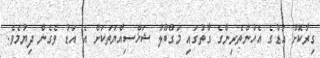
ގިރާކޮށް އަޑުގެ އެހުންތެރިންގެ ގާތުގައި މަގްބޫލު ޝަޚްސިއްޔަތަކަށް އެ އަޑު ވެގެން ދިޔުމެވެ.